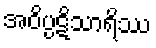
အဝိပ္ပဋိသာရိဿ